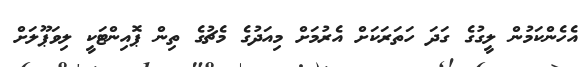
އެހެންކަމުން ލީގުގެ ގަދަ ހަތަރަކަށް އެރުމަށް މިއަދުގެ މެޗުގެ ތިން ޕޮއިންޓަކީ ލިވަޕޫލަށް